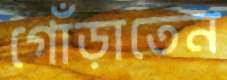
গোঁড়াতেন